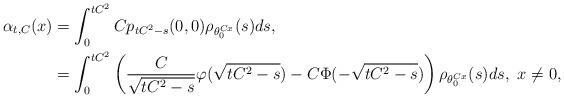
LaTeX: \begin{align*}\alpha_{t,C}(x)&=\int_0^{tC^2} Cp_{tC^2-s}(0,0)\rho_{\theta_0^{Cx}}(s)ds,\\&= \int_0^{tC^2} \left(\frac{C}{\sqrt{tC^2-s}}\varphi(\sqrt{tC^2-s}) - C\Phi(-\sqrt{tC^2-s}) \right)\rho_{\theta_0^{Cx}}(s)ds, \ x\neq 0,\end{align*}